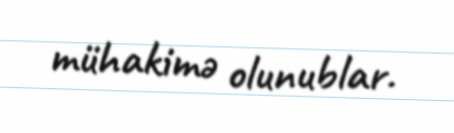
mühakimə olunublar.